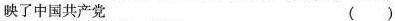
映了中国共产党（）